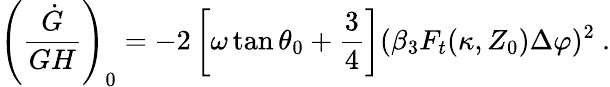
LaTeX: \left({\frac{\dot{G}}{GH}}\right)_{0}=-2\left[\omega\tan\theta_{0}+{\frac{3}{4}}\right](\beta_{3}F_{t}(\kappa,Z_{0})\Delta\varphi)^{2}\ .